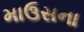
માઉસના